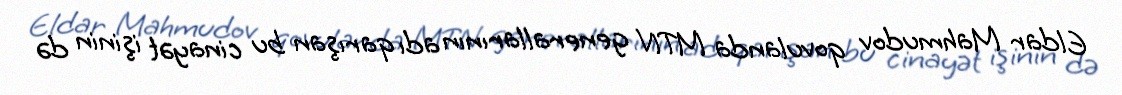
Eldar Mahmudov qovulanda MTN generallarının adı qarışan bu cinayət işinin də